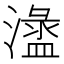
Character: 𣿍